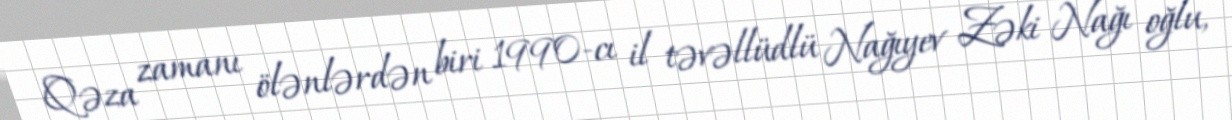
Qəza zamanı ölənlərdən biri 1990-cı il təvəllüdlü Nağıyev Zəki Nağı oğlu,